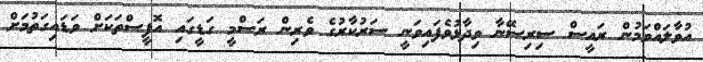
އުވާލައްވަމުން ރައީސް ސިރިސޭނާ ވިދާޅުވެފައިވަނީ ސަރުކާރުގެ ވެރިން ރަސްމީ ގަޑީގައި އޮފީސްތަކަށް ވަޑައިގަތުމަށް